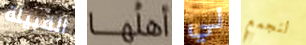
القبيلة أهلها لي لنجمع